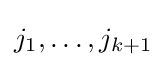
j_{1},\ldots ,j_{k+1}